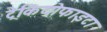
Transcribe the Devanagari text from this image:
ट्रेकियोफाइटा